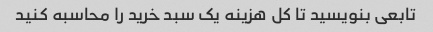
تابعی بنویسید تا کل هزینه یک سبد خرید را محاسبه کنید